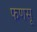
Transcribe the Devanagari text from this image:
फणसू